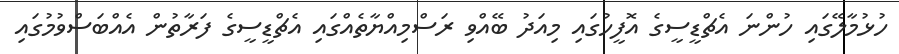
ހުޅުމާލޭގައި ހުންނަ އެޗްޑީސީގެ އޮފީހުގައި މިއަދު ބޭއްވި ރަސްމިއްޔާތެއްގައި އެޗްޑީސީގެ ފަރާތުން އެއްބަސްވުމުގައި